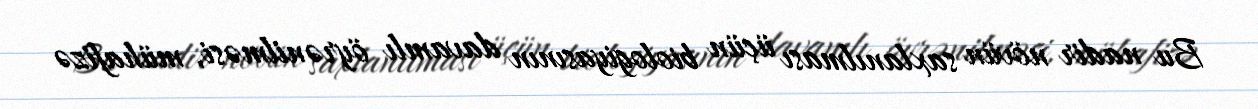
Bu nadir növün saxlanılması üçün biologiyasının davamlı öyrənilməsi, mühafizə